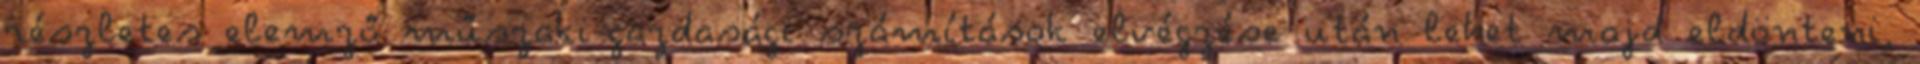
részletes elemző műszaki-gazdasági számítások elvégzése után lehet majd eldönteni,